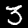
Label: 3